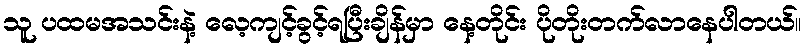
သူ ပထမအသင်းနဲ့ လေ့ကျင့်ခွင့်ရပြီးချိန်မှာ နေ့တိုင်း ပိုတိုးတက်လာနေပါတယ်။